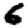
Digit: 6